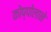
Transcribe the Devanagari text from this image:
कोप्पोलाने